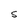
Character: S